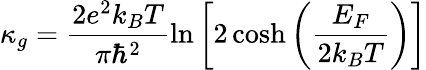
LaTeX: \kappa_{g}=\frac{2e^{2}k_{B}T}{\pi\hbar^{2}}\ln\left[2\cosh\left(\frac{E_{F}}{2k_{B}T}\right)\right]